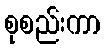
စုစည်းကာ